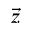
\vec { z }